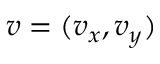
\boldsymbol { v } = ( v _ { x } , v _ { y } )